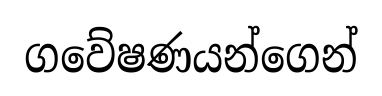
ගවේෂණයන්ගෙන්